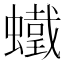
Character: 𧒵